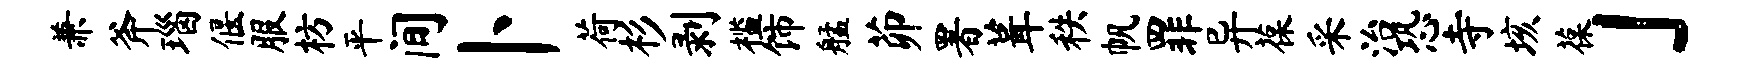
兼斧瑙偃服枋平间卜荷杉剥槛饰艋茆署葺秩帆罪异葆采治恐寺垓葆」